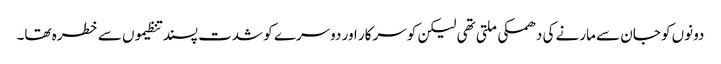
دونوں کو جان سے مارنے کی دھمکی ملتی تھی لیکن کو سرکار اور دوسرے کو شدت پسند تنظیموں سے خطرہ تھا۔